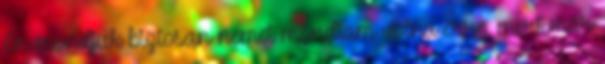
Én mondjuk biztosan nemet mondtam volna erre, mert már